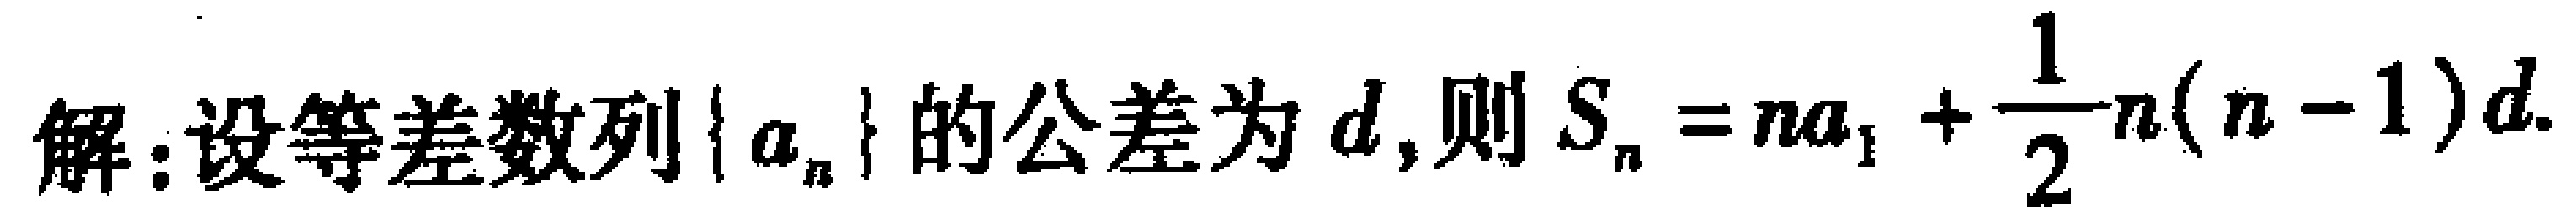
解：设等差数列\(\{ a_{n}\}\)的公差为\(d\),则\(S_{n}=na_{1}+\dfrac{1}{2}n(n - 1)d\).